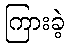
ကြားခဲ့